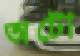
অটো